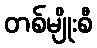
တစ်မျိုးစီ